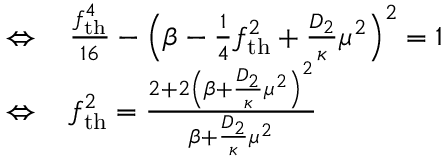
\begin{array} { r l } { \Leftrightarrow \, } & { { } \frac { f _ { \mathrm { t h } } ^ { 4 } } { 1 6 } - \left( \beta - \frac { 1 } { 4 } f _ { \mathrm { t h } } ^ { 2 } + \frac { D _ { 2 } } { \kappa } \mu ^ { 2 } \right) ^ { 2 } = 1 } \\ { \Leftrightarrow \, } & { { } f _ { \mathrm { t h } } ^ { 2 } = \frac { 2 + 2 \left( \beta + \frac { D _ { 2 } } { \kappa } \mu ^ { 2 } \right) ^ { 2 } } { \beta + \frac { D _ { 2 } } { \kappa } \mu ^ { 2 } } } \end{array}